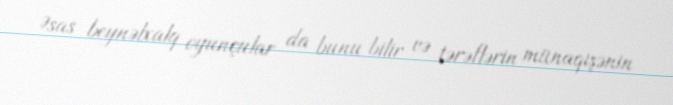
Əsas beynəlxalq oyunçular da bunu bilir və tərəflərin münaqişənin